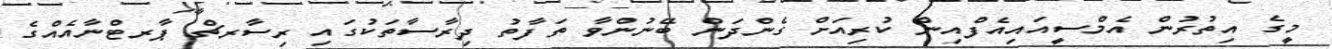
މީގެ އިތުރުން އެމްސީއައިއެފްއިން ކުރިއަށް ގެންދަން ބޭނުންވާ ތަފާތު ދިރާސާތަކުގައި ރިސާރޗް ޕާރޓްނާއެއްގެ